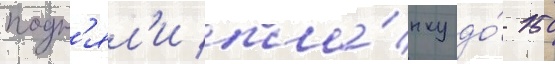
подн'ял'и пла́нку до́ 150